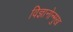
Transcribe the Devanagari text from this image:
विज्ञानोन्मुख